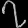
Digit: ၇